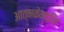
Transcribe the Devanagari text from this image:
आत्मकेन्द्रित